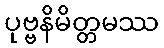
ပုဗ္ဗနိမိတ္တမဿ